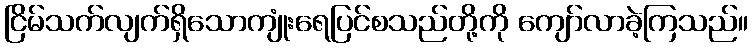
ငြိမ်သက်လျက်ရှိသောကျုံးရေပြင်စသည်တို့ကို ကျော်လာခဲ့ကြသည်။